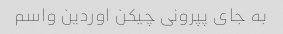
به جای پپرونی چیکن اوردین واسم